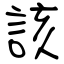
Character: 該